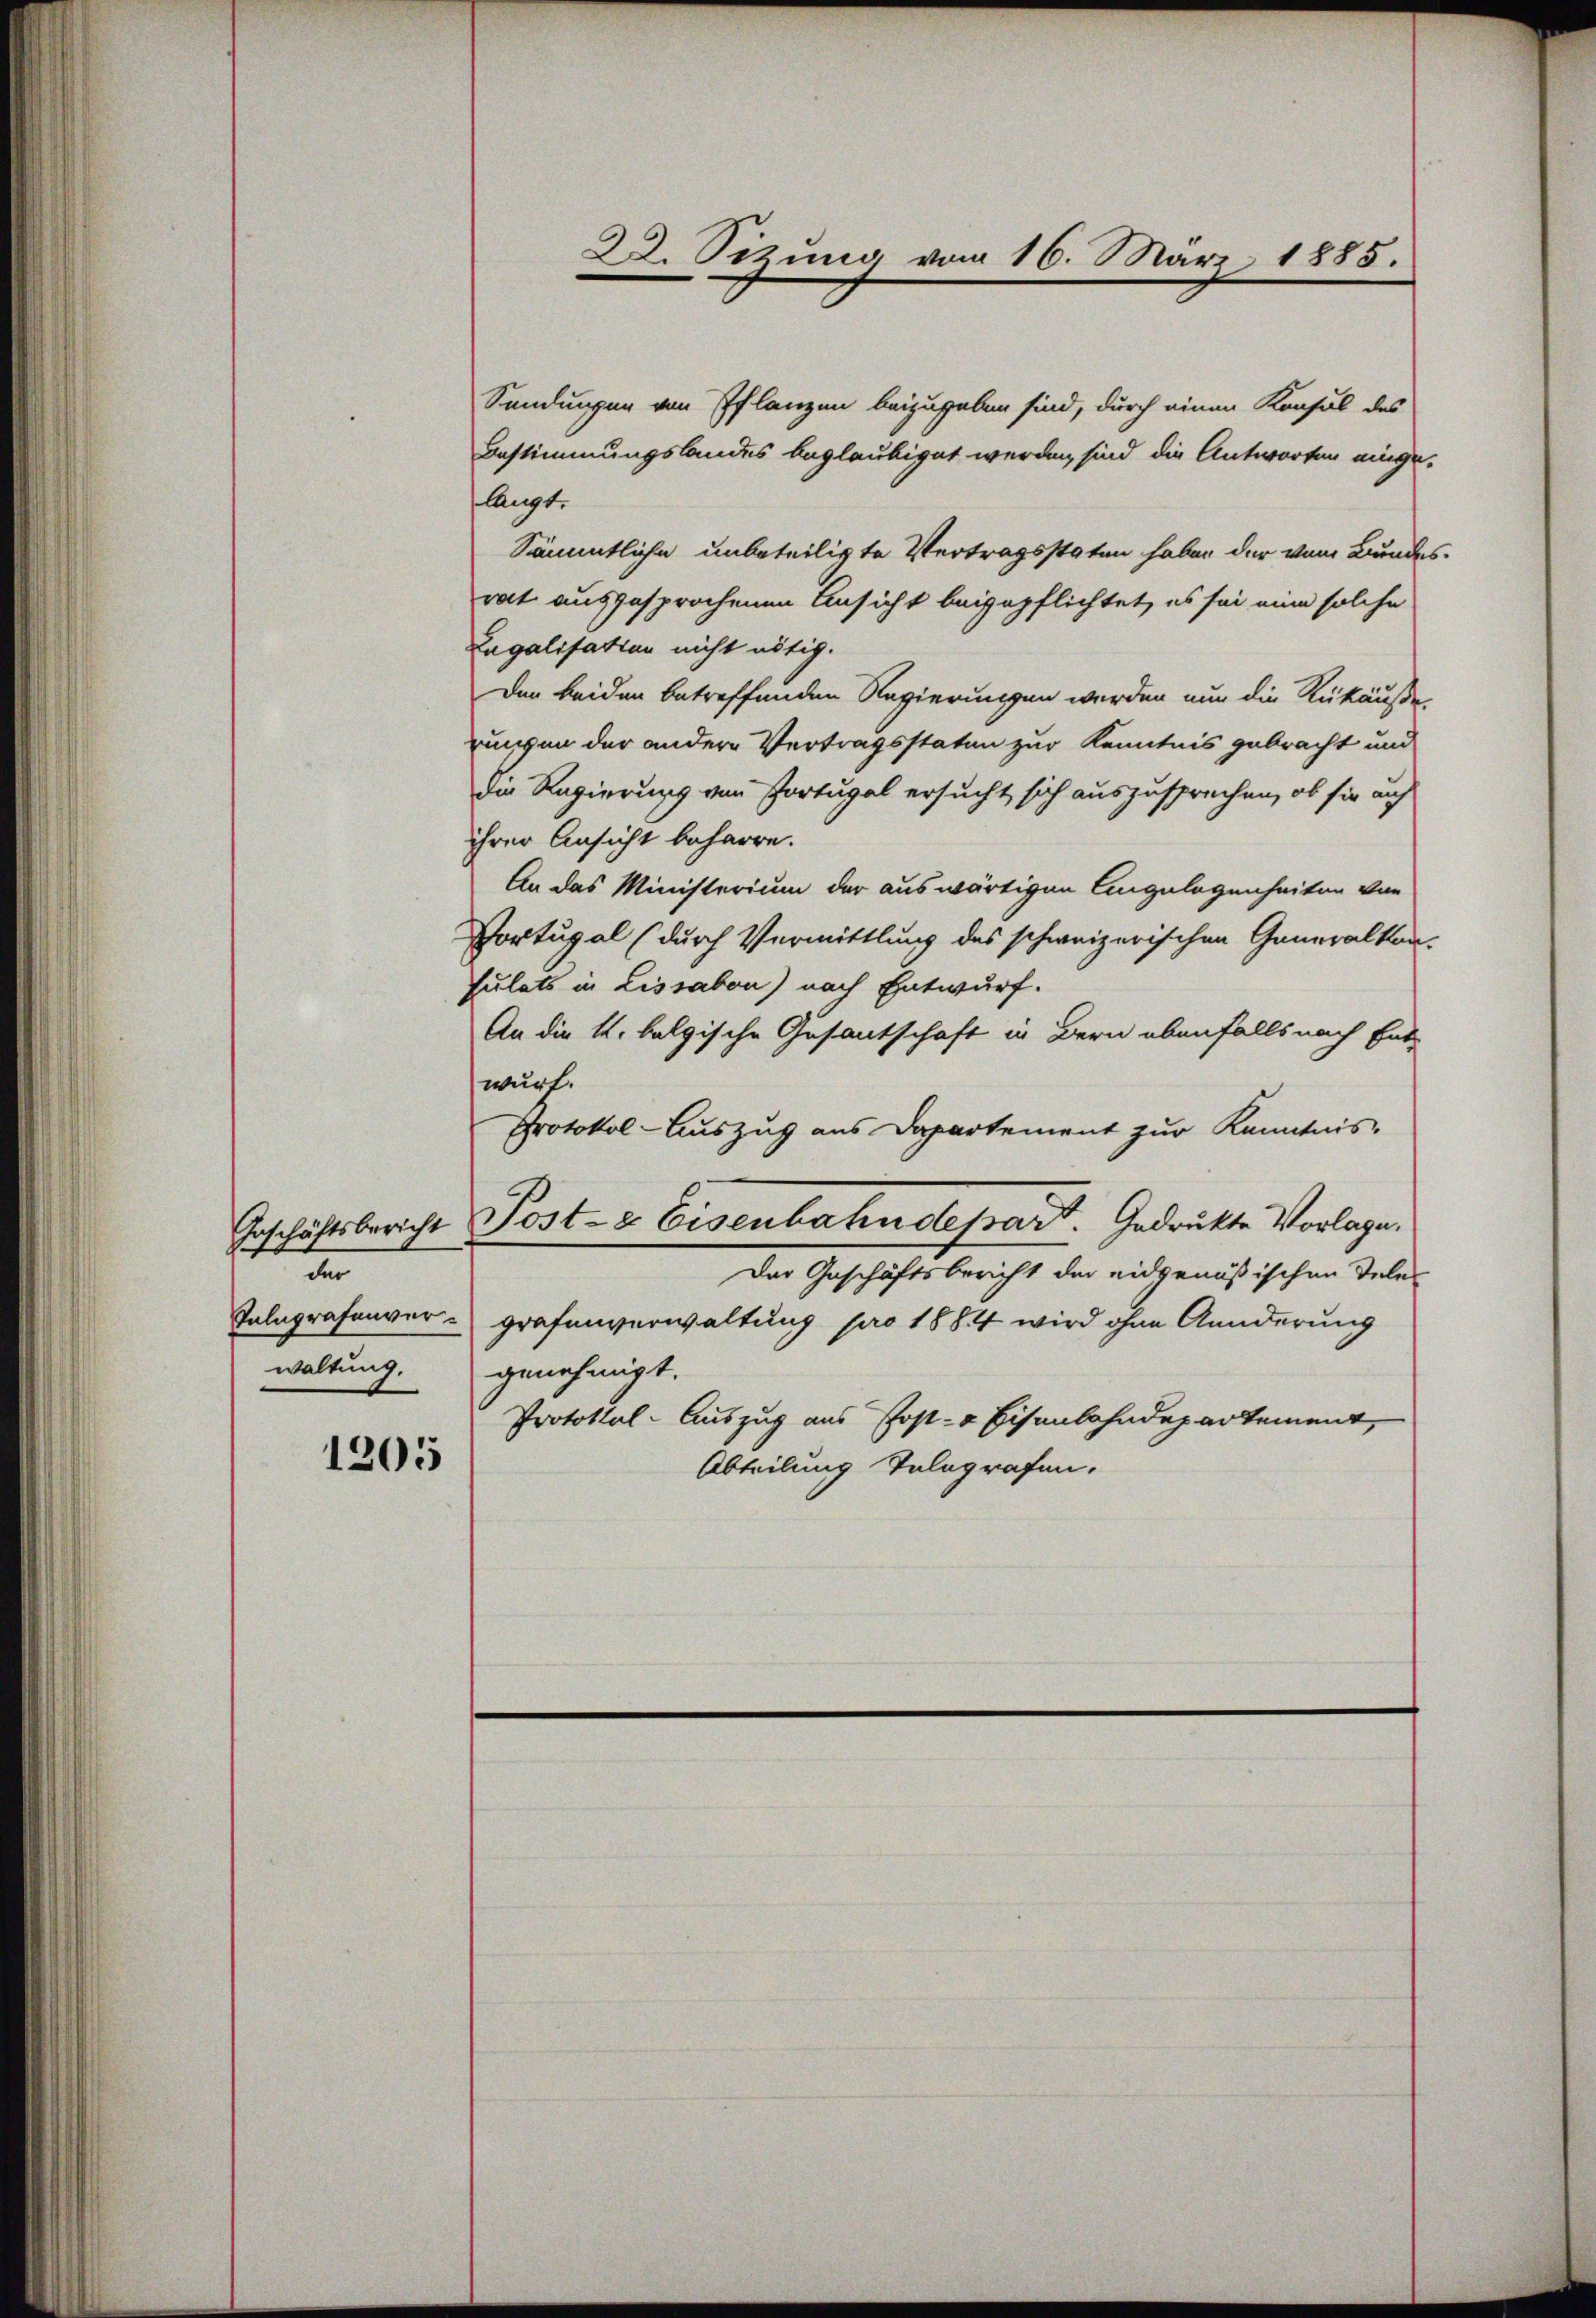
Geschäftsbericht
den

1205

Sendungen von Pflanzen beizugeben sind, durch einen Konsul des
Bestimmungslandes beglaubiget werden, sind die Antworten einge¬
Sämmtliche unbeteiligte Vertragsstaten haben der vom Bundes-
rat ausgesprochenen Ansicht beigepflichtet, es sei eine solche
Legalisation nicht nötig.
Der beiden betreffenden Regierungen werden nun die Rükäuße
rungen der andere Vertragsstaten zur Kenntnis gebracht und
die Regierung von Portugal ersucht sich auszusprechen, ob sie auch
ihrer Ansicht beharre.
An das Ministerium der auswärtigen Angelegenheiten von
Portugal (durch Vermittlung des schweizerischen Generalkon-
sulats in Lissabon) nach Entwurf.
An die K. belgische Gesantschaft in Bern ebenfalls nach Ent-
wärt.
Protokol-Auszug aus Dapartement zur Kenntnis-
Post- & Eisenbahndepart. Gedrückte Vorlage.
Der Geschäftsbericht der eidgenößischen Teles
Telegrafenver- Grafenverwaltung pro 1884 wird ohne Aenderung
waltung. genehmigt.
Protokol-Auszug aus Post- & Eisenbahndepartement,
Abteilung Telegrafen.

langt.

22. Sitzung vom 16. März 1885.